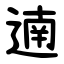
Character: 遖